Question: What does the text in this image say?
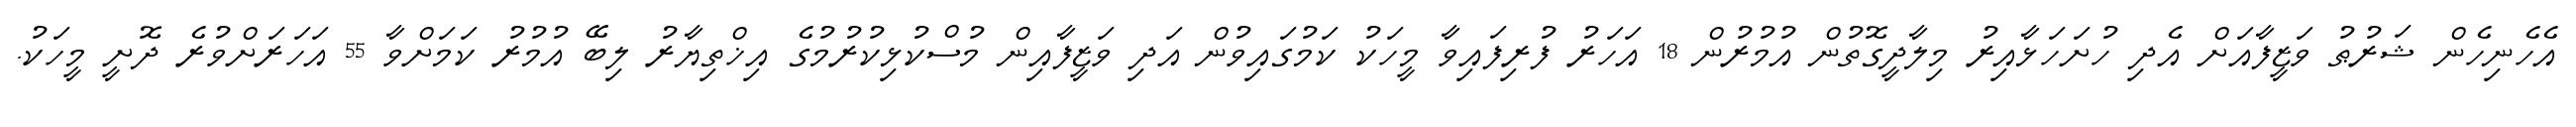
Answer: އެހެނިހެން ޝަރުޠު ވަޒީފާއަށް އެދި ހުށަހަޅާއިރު މިލާދީގޮތުން އުމުރުން 18 އަހަރު ފުރިފައިވާ މީހަކު ކަމުގައިވުން އަދި ވަޒީފާއިން މުސްކުޅިކުރުމުގެ އިޚްތިޔާރު ލިބޭ އުމުރު ކަމަށްވާ 55 އަހަރަށްވުރެ ދޮށީ މީހަކު.